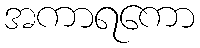
အကာရကော